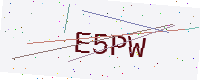
Text: E5PW